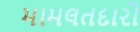
મામલતદારો